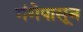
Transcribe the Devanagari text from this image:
गंगेपासून